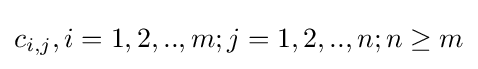
c_{i,j},i=1,2,..,m;j=1,2,..,n;n\geq m